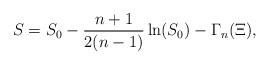
LaTeX: \begin{align*}S=S_0-\frac{n+1}{2(n-1)}\ln (S_0)-\Gamma _n(\Xi ), \end{align*}